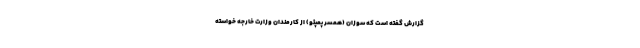
گزارش گفته است که سوزان (همسر پمپئو) از کارمندان وزارت خارجه خواسته